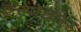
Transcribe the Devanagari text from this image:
इंस्पेक्तर